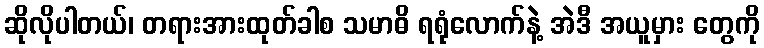
ဆိုလိုပါတယ်၊ တရားအားထုတ်ခါစ သမာဓိ ရရုံလောက်နဲ့ အဲဒီ အယူမှား တွေကို